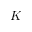
K _ { - }